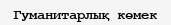
Гуманитарлық көмек